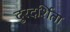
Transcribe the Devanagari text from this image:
दुरदर्शिता